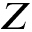
Z